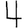
Digit: 4